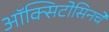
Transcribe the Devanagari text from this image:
ऑक्सिटोसिनचे